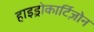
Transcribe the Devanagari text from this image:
हाइड्रोकार्टिज़ोन